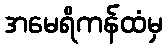
အမေရိကန်ထံမှ